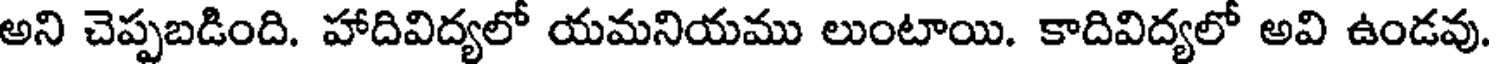
అని చెప్పబడింది. హాదివిద్యలో యమనియము లుంటాయి. కాదివిద్యలో అవి ఉండవు